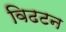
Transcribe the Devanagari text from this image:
विढटन